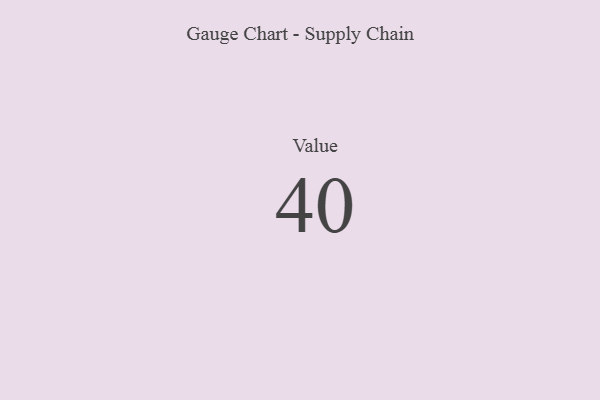
{"axis": {"x": "Metric", "y": "Value"}, "legend": [""], "data": [{"x": "Value", "y": 40, "type": ""}]}